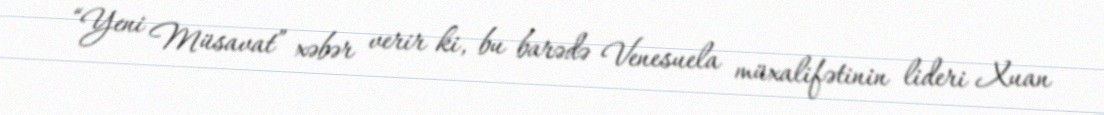
“Yeni Müsavat” xəbər verir ki, bu barədə Venesuela müxalifətinin lideri Xuan